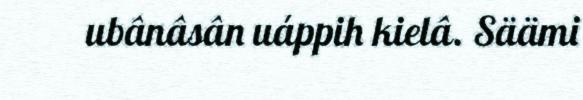
ubânâsân uáppih kielâ. Säämi